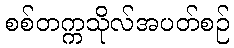
စစ်တက္ကသိုလ်အပတ်စဉ်